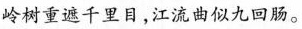
岭树重遮千里目，江流曲似九回肠。